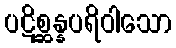
ပဋိစ္ဆန္နပရိဝါသော